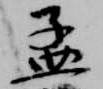
孟